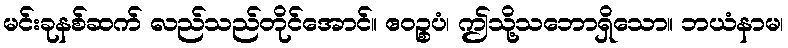
မင်းခုနစ်ဆက် လည်သည်တိုင်အောင်။ ဧဝဉ္စပံ၊ ဤသို့သဘောရှိသော။ ဘယံနာမ၊